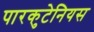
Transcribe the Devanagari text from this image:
पारकुटेनियस